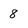
Character: 8